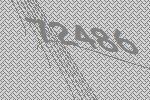
72486